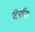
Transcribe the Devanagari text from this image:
विज्ञप्ति।